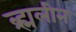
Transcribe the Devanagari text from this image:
ब्र्ह्मलीन